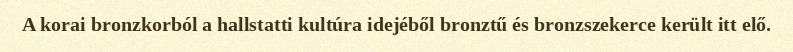
A korai bronzkorból a hallstatti kultúra idejéből bronztű és bronzszekerce került itt elő.